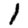
Digit: 1